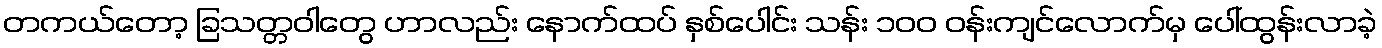
တကယ်တော့ ခြသတ္တဝါတွေ ဟာလည်း နောက်ထပ် နှစ်ပေါင်း သန်း ၁၀၀ ဝန်းကျင်လောက်မှ ပေါ်ထွန်းလာခဲ့